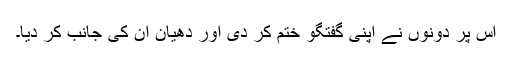
اس پر دونوں نے اپنی گفتگو ختم کر دی اور دھیان ان کی جانب کر دیا۔